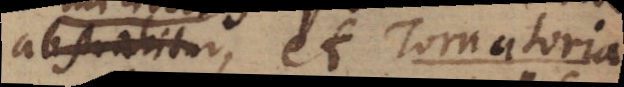
abstrahitur, et Tornatoria